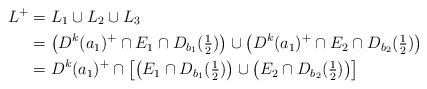
LaTeX: \begin{align*}L^{+} & =L_{1}\cup L_{2}\cup L_{3}\\& = \left(D^{k}(a_{1})^{+}\cap E_{1}\cap D_{b_{1}}(\tfrac{1}{2})\right)\cup\left(D^{k}(a_{1})^{+}\cap E_{2}\cap D_{b_{2}}(\tfrac{1}{2})\right)\\& = D^{k}(a_{1})^{+}\cap\left[\left(E_{1}\cap D_{b_{1}}(\tfrac{1}{2})\right)\cup\left(E_{2}\cap D_{b_{2}}(\tfrac{1}{2})\right)\right]\end{align*}